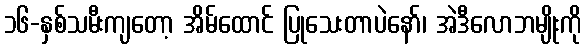
၁၆-နှစ်သမီးကျတော့ အိမ်ထောင် ပြုသေးတာပဲနော်၊ အဲဒီလောဘမျိုးကို